Annual report of the Central Committee of the Association together with the report of the directors of the Pasteur Institute at Kasauli
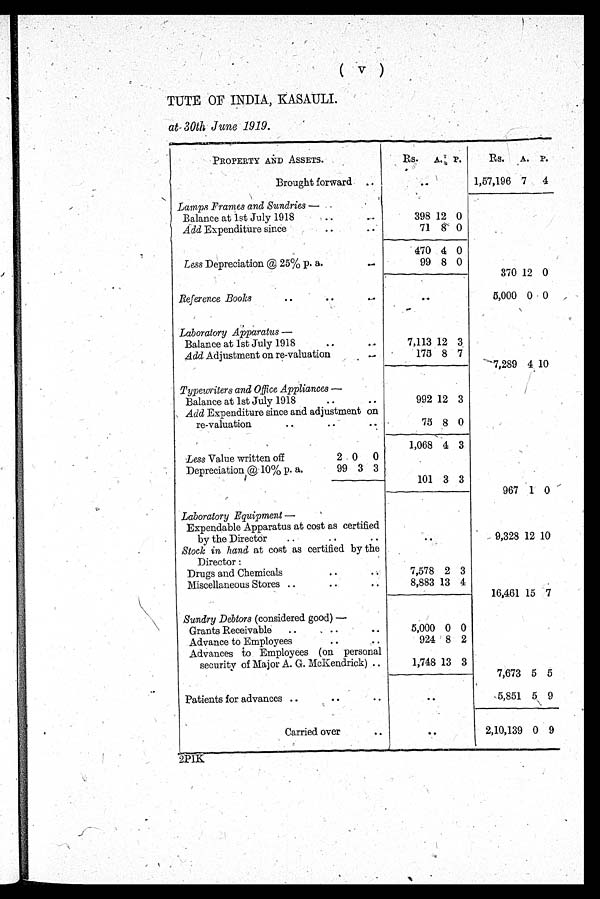
( v )
TUTE OF INDIA, KASAULI.
at 30th June 1919.
PROPERTY AND ASSETS.
R s .
A .
P .
Rs. A. P.
Brought forward ..
. .
1,57,196 7 4
Lamps Frames and Sundries — ..
Balance at 1st July 1918
. . . .
398 12 0
Add Expenditure since
..
..
71 8 0
470 4 0
Less Depreciation @ 25% p. a.
. .
99 8 0
370 12 0
• •
Reference Books
..
. .
. .
5,000 0 0
Laboratory Apparatus —
Balance at 1st July 1918
..
.
7,113 12 3
Add Adjustment on re-valuation
. .
.
175 8 7
7,289 4 10
Typewriters and Office Appliances —
Balance at 1st July 1918
..
..
992 12 3
Add Expenditure since and adjustment on
re valuation
..
..
,
75 8 0
1,068 4 3
Less Value written off
2 0 0
Depreciation @ 10% p. a.
99 3 3
101 3 3
967 1 0
Laboratory Equipment —
. .
Expendable Apparatus at cost as certified
by the Director
..
..
..
9,328 12 10
Stock in hand at cost as certified by the
Director :
Drugs and Chemicals..
2 3
Miscellaneous Stores ..
..
..
8,883 13 4
16,461 15 7
Sundry Debtors (considered good) —
Grants Receivable ..
, ..
..
5,000 0 0
Advance to Employees
..
..
924 8 2
Advances to. Employees (on personal
security of Major A. G. McKendrick) ..
1,748 13 3
7,673 5 5
Patients for advances ..
..
. .
. .
5,851 5 9
Carried over
..
. .
2,10,139 0 9
2PIK